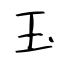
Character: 玉